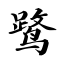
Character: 鹭